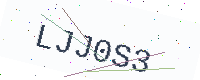
Text: LJJ0S3